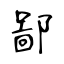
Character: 鄙